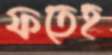
ফতেহ